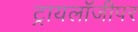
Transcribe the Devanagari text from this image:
ट्रायलॉजीपर